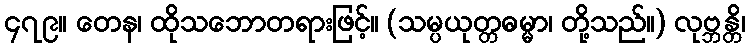
၄၇၉။ တေန၊ ထိုသဘောတရားဖြင့်။ (သမ္ပယုတ္တဓမ္မာ၊ တို့သည်။) လုဗ္ဘန္တိ၊